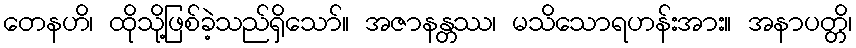
တေနဟိ၊ ထိုသို့ဖြစ်ခဲ့သည်ရှိသော်။ အဇာနန္တဿ၊ မသိသောရဟန်းအား။ အနာပတ္တိ၊